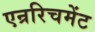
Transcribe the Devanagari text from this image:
एन्ररिचमेंट